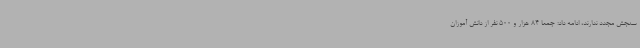
سنجش مجدد ندارند، ادامه داد: جمعا 84 هزار و 500 نفر از دانش آموزان